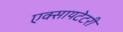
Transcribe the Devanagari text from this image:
एक्सायटेटरी